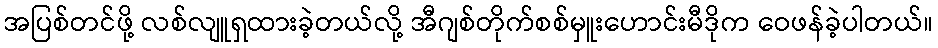
အပြစ်တင်ဖို့ လစ်လျူရှထားခဲ့တယ်လို့ အီဂျစ်တိုက်စစ်မှူးဟောင်းမီဒိုက ဝေဖန်ခဲ့ပါတယ်။